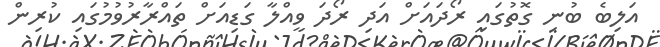
އަލިބެ ބުނި ގޮތުގައި ރޯދައަށް އަދި ރޯދަ ވީއްލާ ގަޑިއަށް ތައްރާރުވުމުގައި ކުރިން